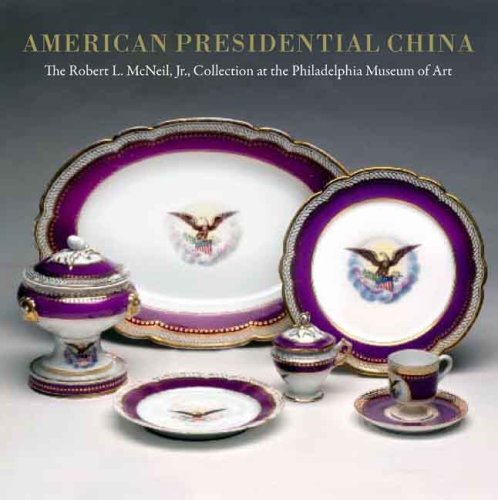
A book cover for American Presidential China: The Robert L. McNeil, Jr., Collection at the Philadelphia Museum of Art; Susan Gray Detweiler; Arts & Photography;